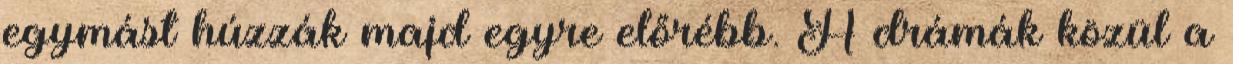
egymást húzzák majd egyre előrébb. A drámák közül a